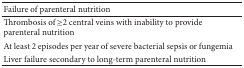
| Failure of parenteral nutrition |  |
 | --- | --- |
 | Thrombosis of ≥2 central veins with inability to provide parenteral nutrition |  |
 | At least 2 episodes per year of severe bacterial sepsis or fungemia |  |
 | Liver failure secondary to long-term parenteral nutrition |  |